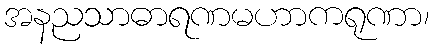
အနညသာဓာရဏမဟာကရုဏာ၊